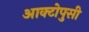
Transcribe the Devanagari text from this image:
आक्टोपुसी